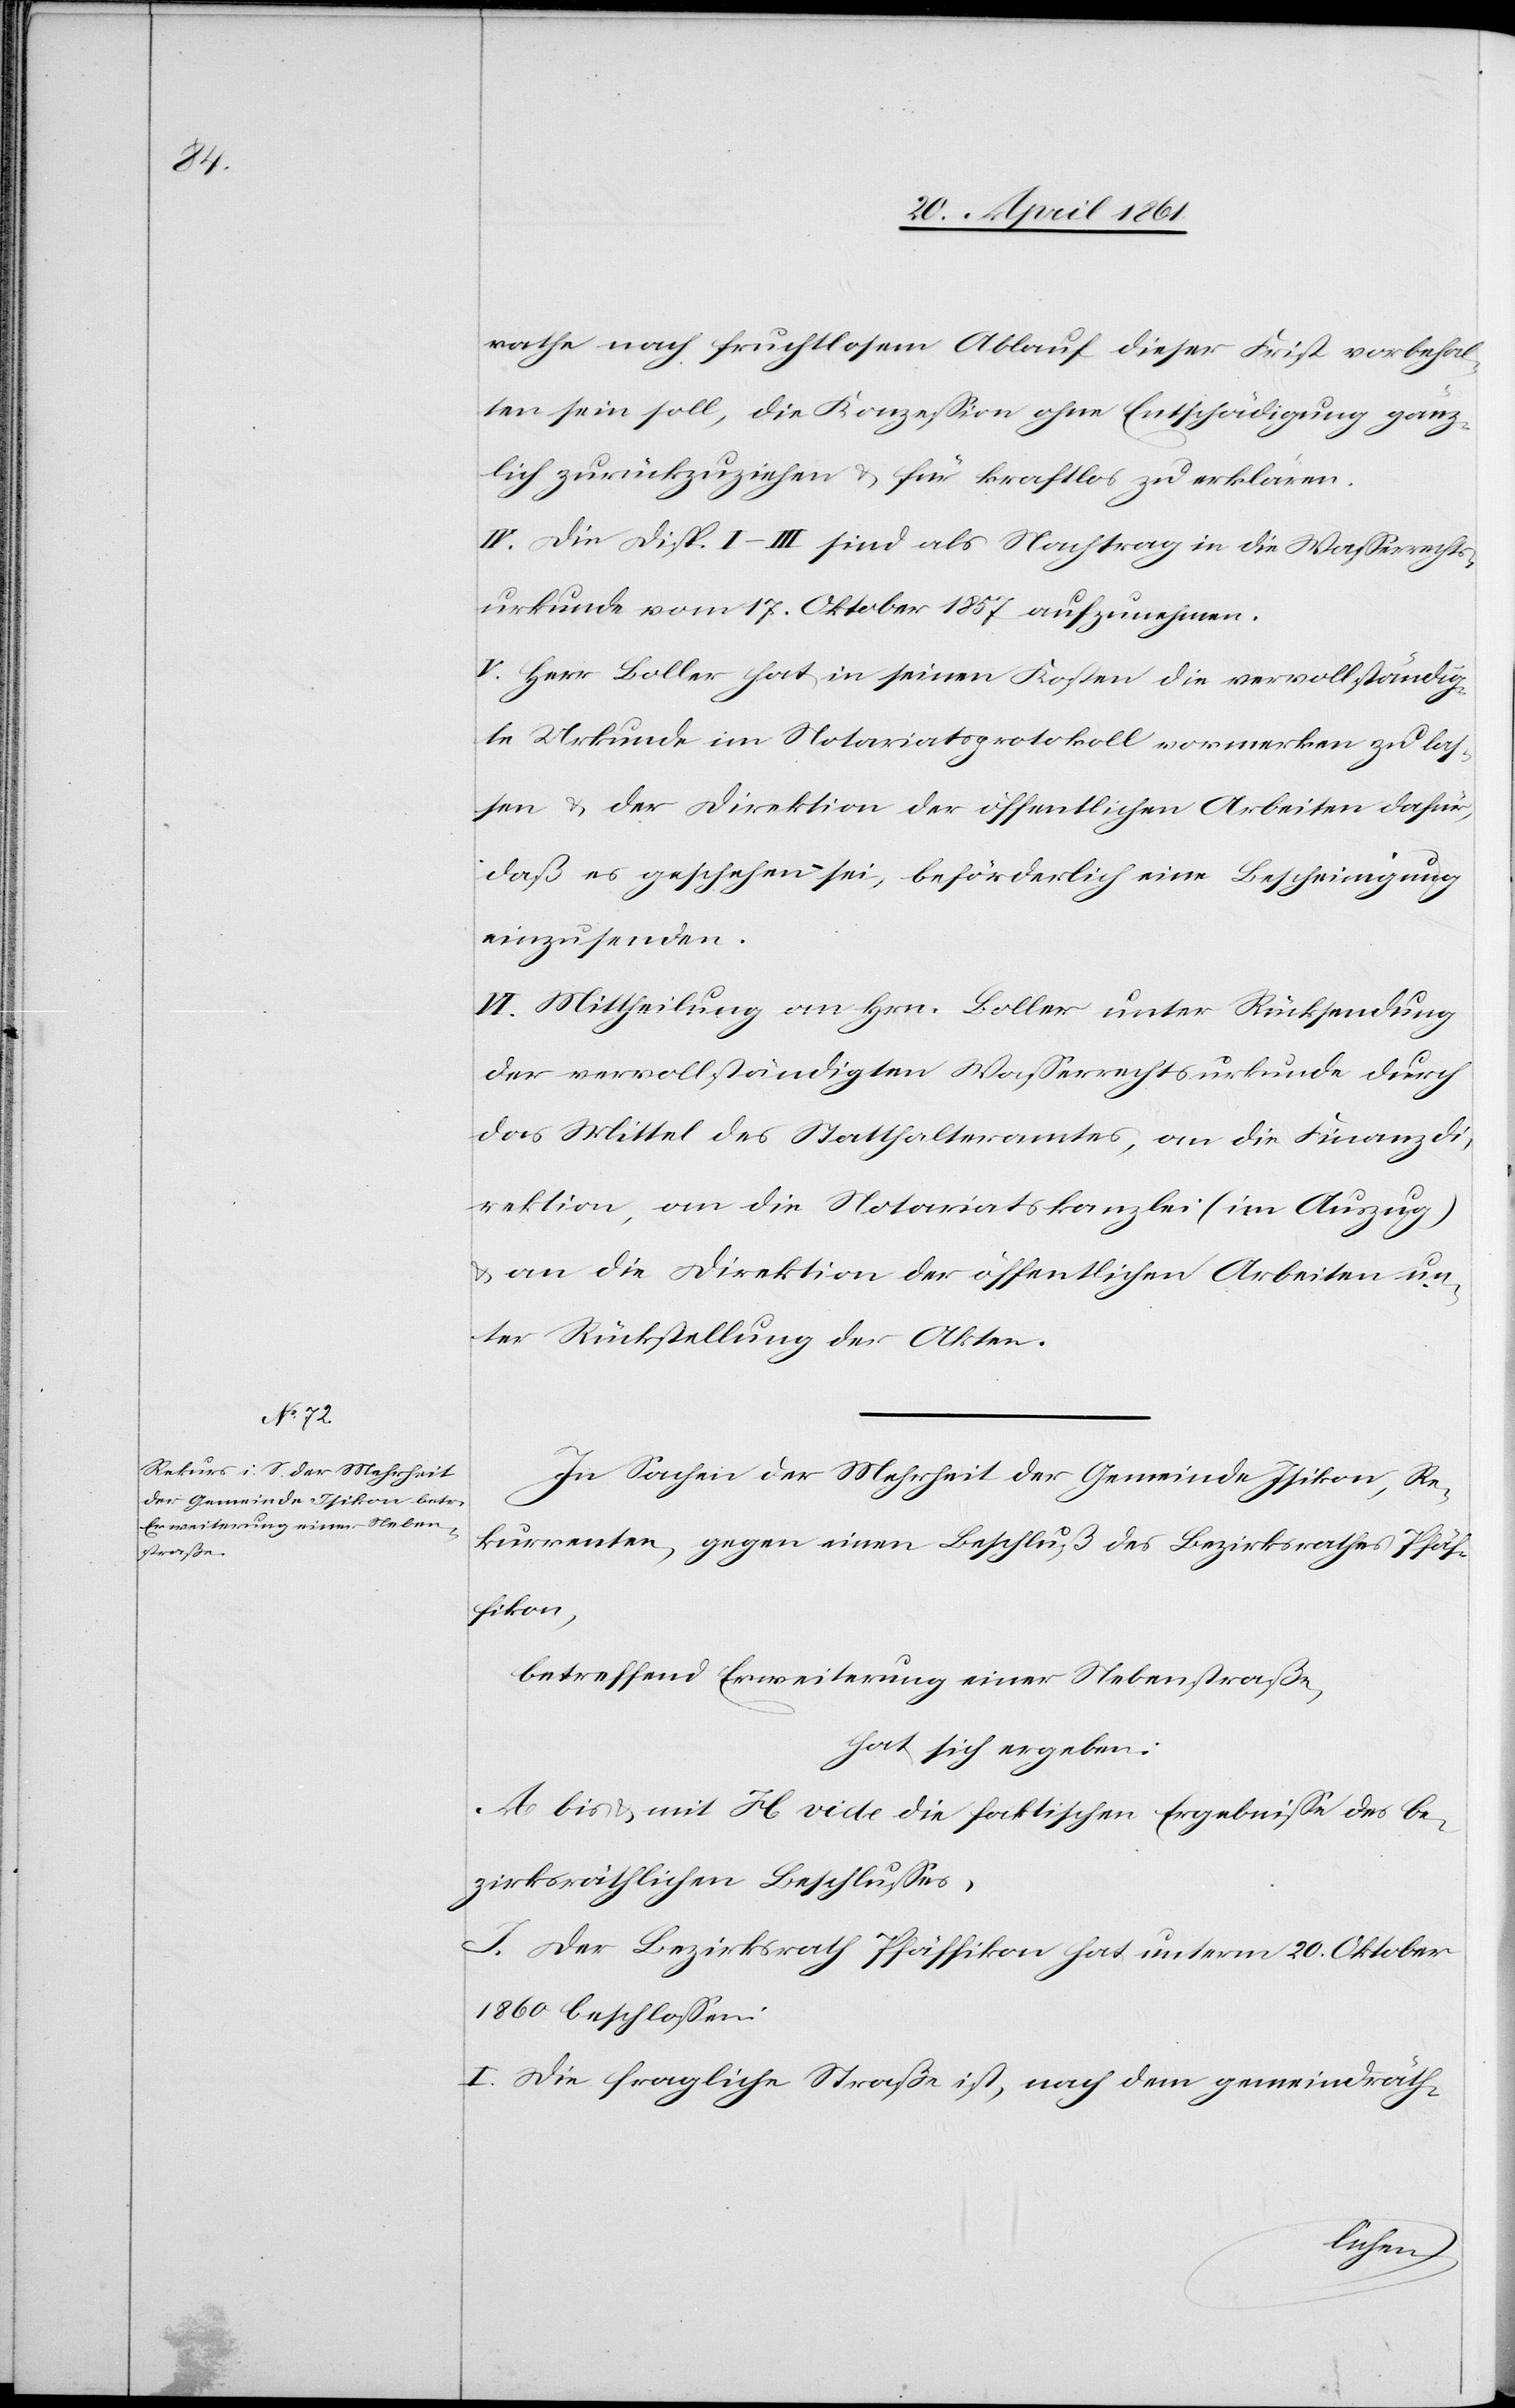
rathe nach fruchtlosem Ablauf dieser Frist vorbehal¬
ten sein soll, die Konzession ohne Entschädigung gänz¬
lich zurückzuziehen u. für kraftlos zu erklären.
IV. Die Disp. I–III sind als Nachtrag in die Wasserrechts¬
urkunde vom 17. Oktober 1857 aufzunehmen.
V. Herr Boller hat in seinen Kosten die vervollständig¬
te Urkunde im Notariatsprotokoll vormerken zu las¬
sen, u. der Direktion der öffentlichen Arbeiten dafür,
daß es geschehen sei, beförderliche ein Bescheinigung
einzusenden.
VI. Mittheilung an Hrn. Boller unter Rücksendung
der vervollständigten Wasserrechtsurkunde durch
das Mittel des Statthalteramtes, an die Finanzdi¬
rektion, an die Notariatskanzlei (im Auszug)
u. an die Direktion der öffentlichen Arbeiten un¬
ter Rückstellung der Akten.
In Sachen der Mehrheit der Gemeinde Isikon, Re¬
kurrenten, gegen einen Beschluß des Bezirksrathes Pfäf¬
fikon,
betreffend Erweiterung einer Nebenstraße,
hat sich ergeben:
A bis u. mit H vide die faktischen Ergebnisse des be¬
zirksräthlichen Beschlusses,
J. Der Bezirksrath Pfäffikon hat unterm 20. Oktober
1860 beschlossen:
I. Die fragliche Straße ist, nach dem gemeindräth-